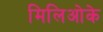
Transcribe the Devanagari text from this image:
मिलिओके